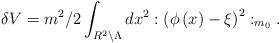
LaTeX: \begin{align*}\delta V=m^{2}/2\int_{R^{2}\backslash \Lambda }dx^{2}:\left( \phi \left(x\right) -\xi \right) ^{2}:_{m_{0}}. \end{align*}